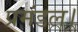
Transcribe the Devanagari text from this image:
प्रमंडल।